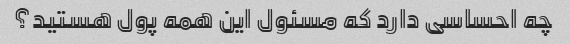
چه احساسی دارد که مسئول این همه پول هستید؟